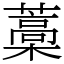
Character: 藁